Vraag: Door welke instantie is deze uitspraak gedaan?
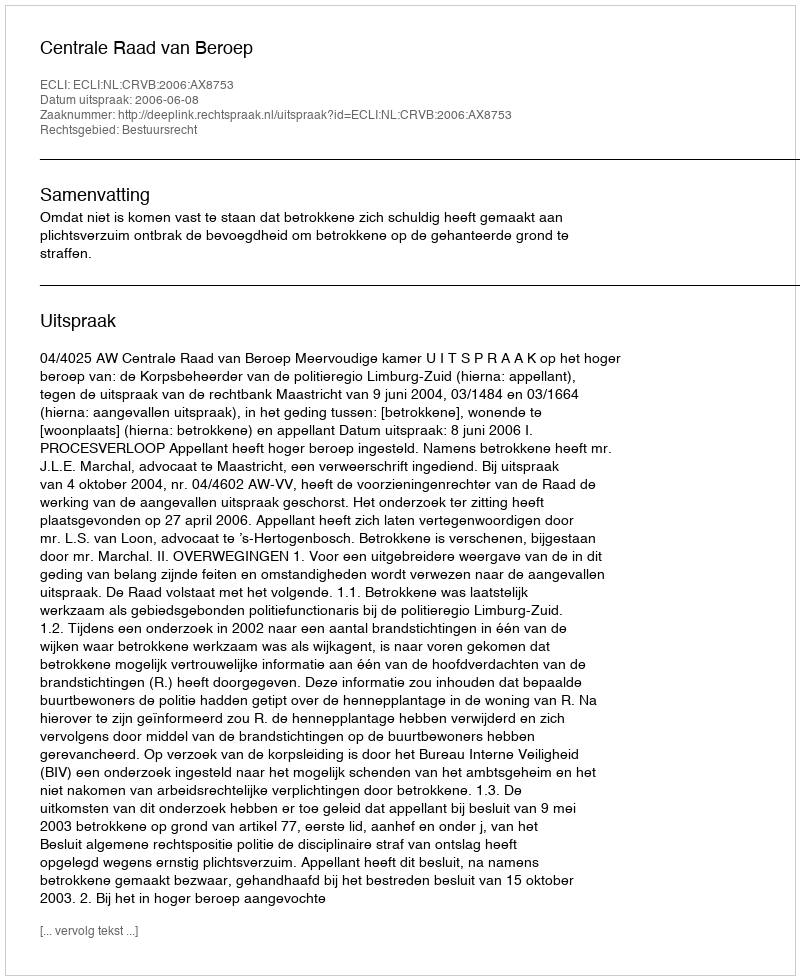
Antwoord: Centrale Raad van Beroep